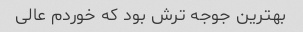
بهترین جوجه ترش بود که خوردم عالی